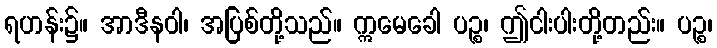
ရဟန်း၌။ အာဒီနဝါ၊ အပြစ်တို့သည်။ ဣမေခေါ ပဉ္စ၊ ဤငါးပါးတို့တည်း။ ပဉ္စ၊